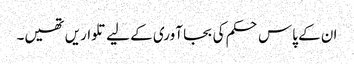
ان کے پاس حکم کی بجا آوری کے لیے تلواریں تھیں۔